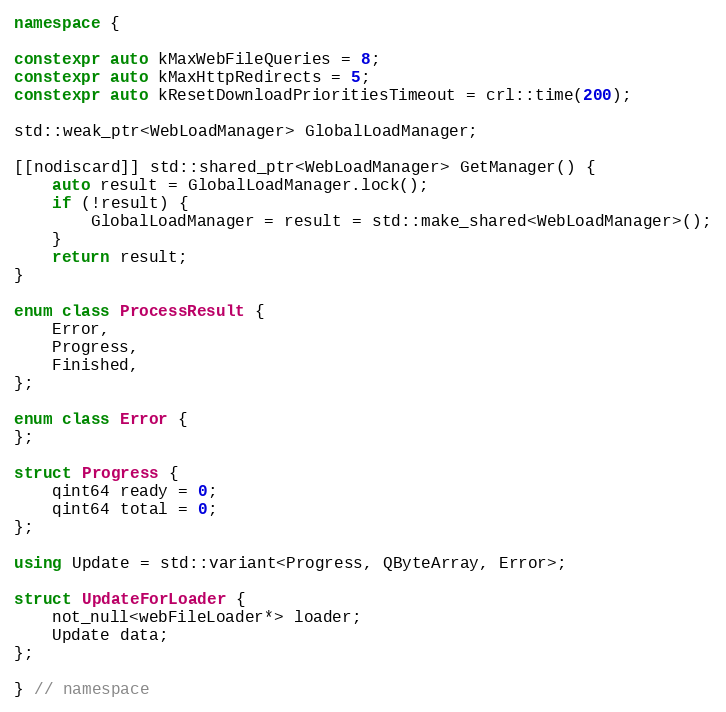
Language: C++
namespace {

constexpr auto kMaxWebFileQueries = 8;
constexpr auto kMaxHttpRedirects = 5;
constexpr auto kResetDownloadPrioritiesTimeout = crl::time(200);

std::weak_ptr<WebLoadManager> GlobalLoadManager;

[[nodiscard]] std::shared_ptr<WebLoadManager> GetManager() {
	auto result = GlobalLoadManager.lock();
	if (!result) {
		GlobalLoadManager = result = std::make_shared<WebLoadManager>();
	}
	return result;
}

enum class ProcessResult {
	Error,
	Progress,
	Finished,
};

enum class Error {
};

struct Progress {
	qint64 ready = 0;
	qint64 total = 0;
};

using Update = std::variant<Progress, QByteArray, Error>;

struct UpdateForLoader {
	not_null<webFileLoader*> loader;
	Update data;
};

} // namespace